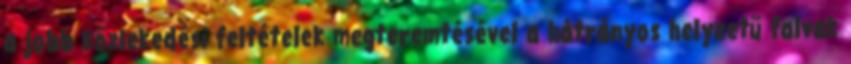
a jobb közlekedési feltételek megteremtésével a hátrányos helyzetű falvak